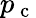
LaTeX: p_{\mathrm{~c~}}